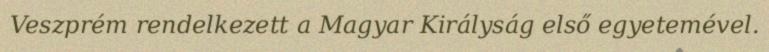
Veszprém rendelkezett a Magyar Királyság első egyetemével.